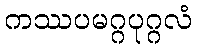
ကဿပမဂ္ဂပုဂ္ဂလံ